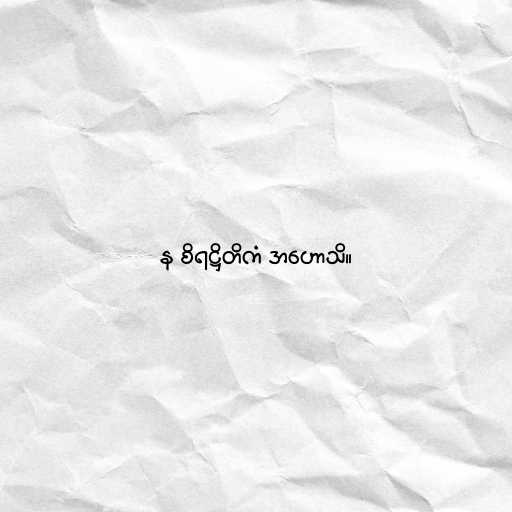
န စိရဋ္ဌိတိကံ အဟောသိ။